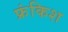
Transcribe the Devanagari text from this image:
फ्रंकिश